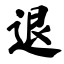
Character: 退